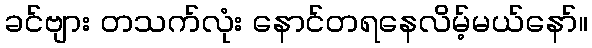
ခင်ဗျား တသက်လုံး နောင်တရနေလိမ့်မယ်နော်။